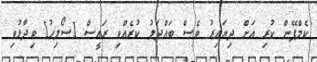
"ކެމްޕޭން ކުރި އަށް ދިޔައިރު ވެސް ބައްދަލު ކުރެއްވި ރައީސް [ސޯލިހު] ވިދާޅުވި